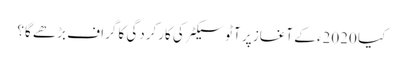
کیا 2020ء کے آغاز پر آٹو سیکٹر کی کارکردگی کا گراف بڑھے گا؟